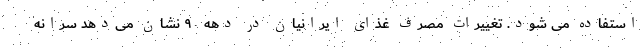
استفاده می شود. تغییرات مصرف غذای ایرانیان در دهه ۹۰ نشان می‌دهد سرانه